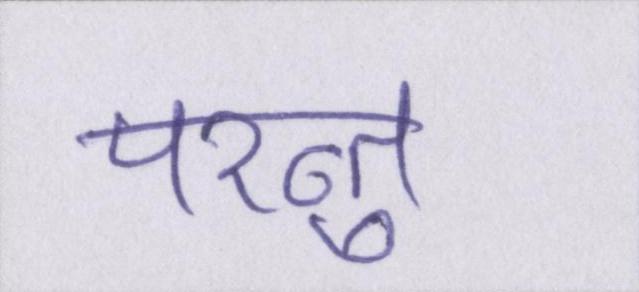
परन्तु